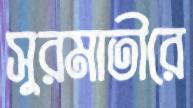
সুরমাতীরে